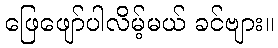
ဖြေဖျော်ပါလိမ့်မယ် ခင်ဗျား။